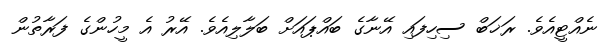
ނެއްޓީއެވެ. ރަޚަބް ސިހިފައި އޭނާގެ ބައްޕައަށް ބަލާލިއެވެ. އޭރު އެ މީހުންގެ ފަރާތުން